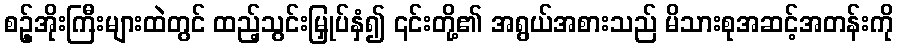
စဥ့်အိုးကြီးများထဲတွင် ထည့်သွင်းမြှုပ်နှံ၍ ၎င်းတို့၏ အရွယ်အစားသည် မိသားစုအဆင့်အတန်းကို